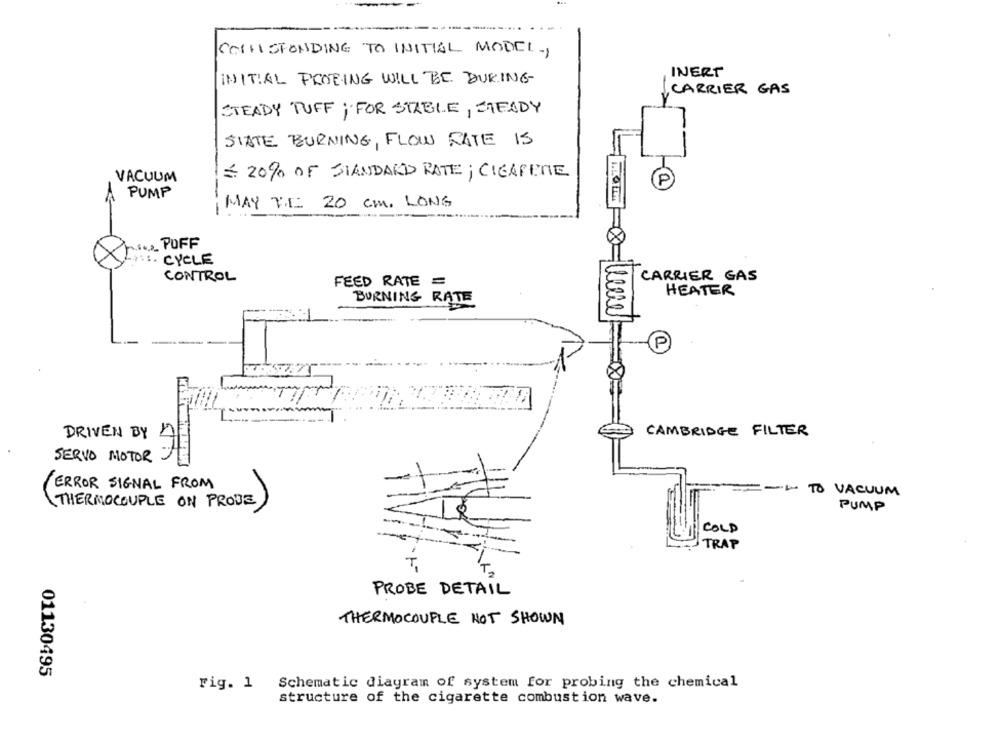
COLLISIONDING TO INITIAL MODEL -,
INERT
INITIAL PROBING WILL BE DURING
CARRIER GAS
STEADY PUFF; FOR STABLE, STEADY
STATE BURNING, FLOW RATE IS
VACUUM
= 20% OF STANDARD RATE; CIGARETE
P
A PUMP
MAY TE 20 CM. LONG
--
.... PUFF
CYCLE
CONTROL
FEED RATE =
CARRIER GAS
HEATER
BURNING RATE
P
DRIVEN BY
CAMBRIDGE FILTER
SERVO MOTOR
ERROR SIGNAL FROM
TO VACUUM
(THERMOCOUPLE ON PROVE
PUMP
COLD
TRAP
PROBE DETAIL
THERMOCOUPLE NOT SHOWN
01130495
rig. 1
Schematic diagram of system for probing the chemical
structure of the cigarette combustion wave.